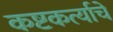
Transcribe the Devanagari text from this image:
कष्टकर्त्याचे